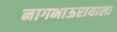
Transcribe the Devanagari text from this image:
नागभाऊरायाला